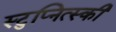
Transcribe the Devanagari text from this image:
स्टुप्नित्स्की